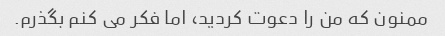
ممنون که من را دعوت کردید، اما فکر می کنم بگذرم.